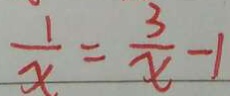
\frac { 1 } { x } = \frac { 3 } { x } - 1